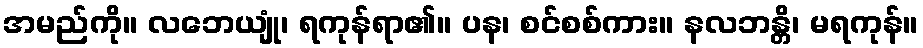
အမည်ကို။ လဘေယျုံ၊ ရကုန်ရာ၏။ ပန၊ စင်စစ်ကား။ နလဘန္တိ၊ မရကုန်။